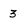
Character: 3